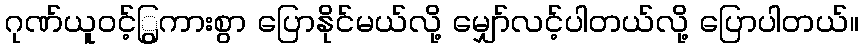
ဂုဏ်ယူဝင့်ြွကားစွာ ပြောနိုင်မယ်လို့ မျှော်လင့်ပါတယ်လို့ ပြောပါတယ်။